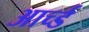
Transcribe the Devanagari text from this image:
आर्च्ड